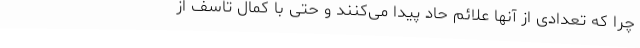
چرا که تعدادی از آنها علائم حاد پیدا می‌کنند و حتی با کمال تاسف از